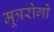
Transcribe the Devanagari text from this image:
मूत्ररोगों